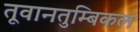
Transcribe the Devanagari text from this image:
तूवानतुम्बिकल